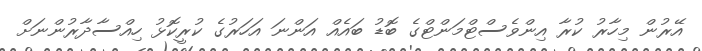
އޭރުން މިހާރު ކުރާ އިންވެސްޓްމަންޓްގެ ބޮޑު ބައެއް އަންނަ އަހަރުގެ ކުރީކޮޅު ހިއްސާދާރުންނަށް